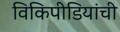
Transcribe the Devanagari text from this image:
विकिपीडियांची